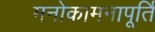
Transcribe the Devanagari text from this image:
मनोकामनापूर्ति